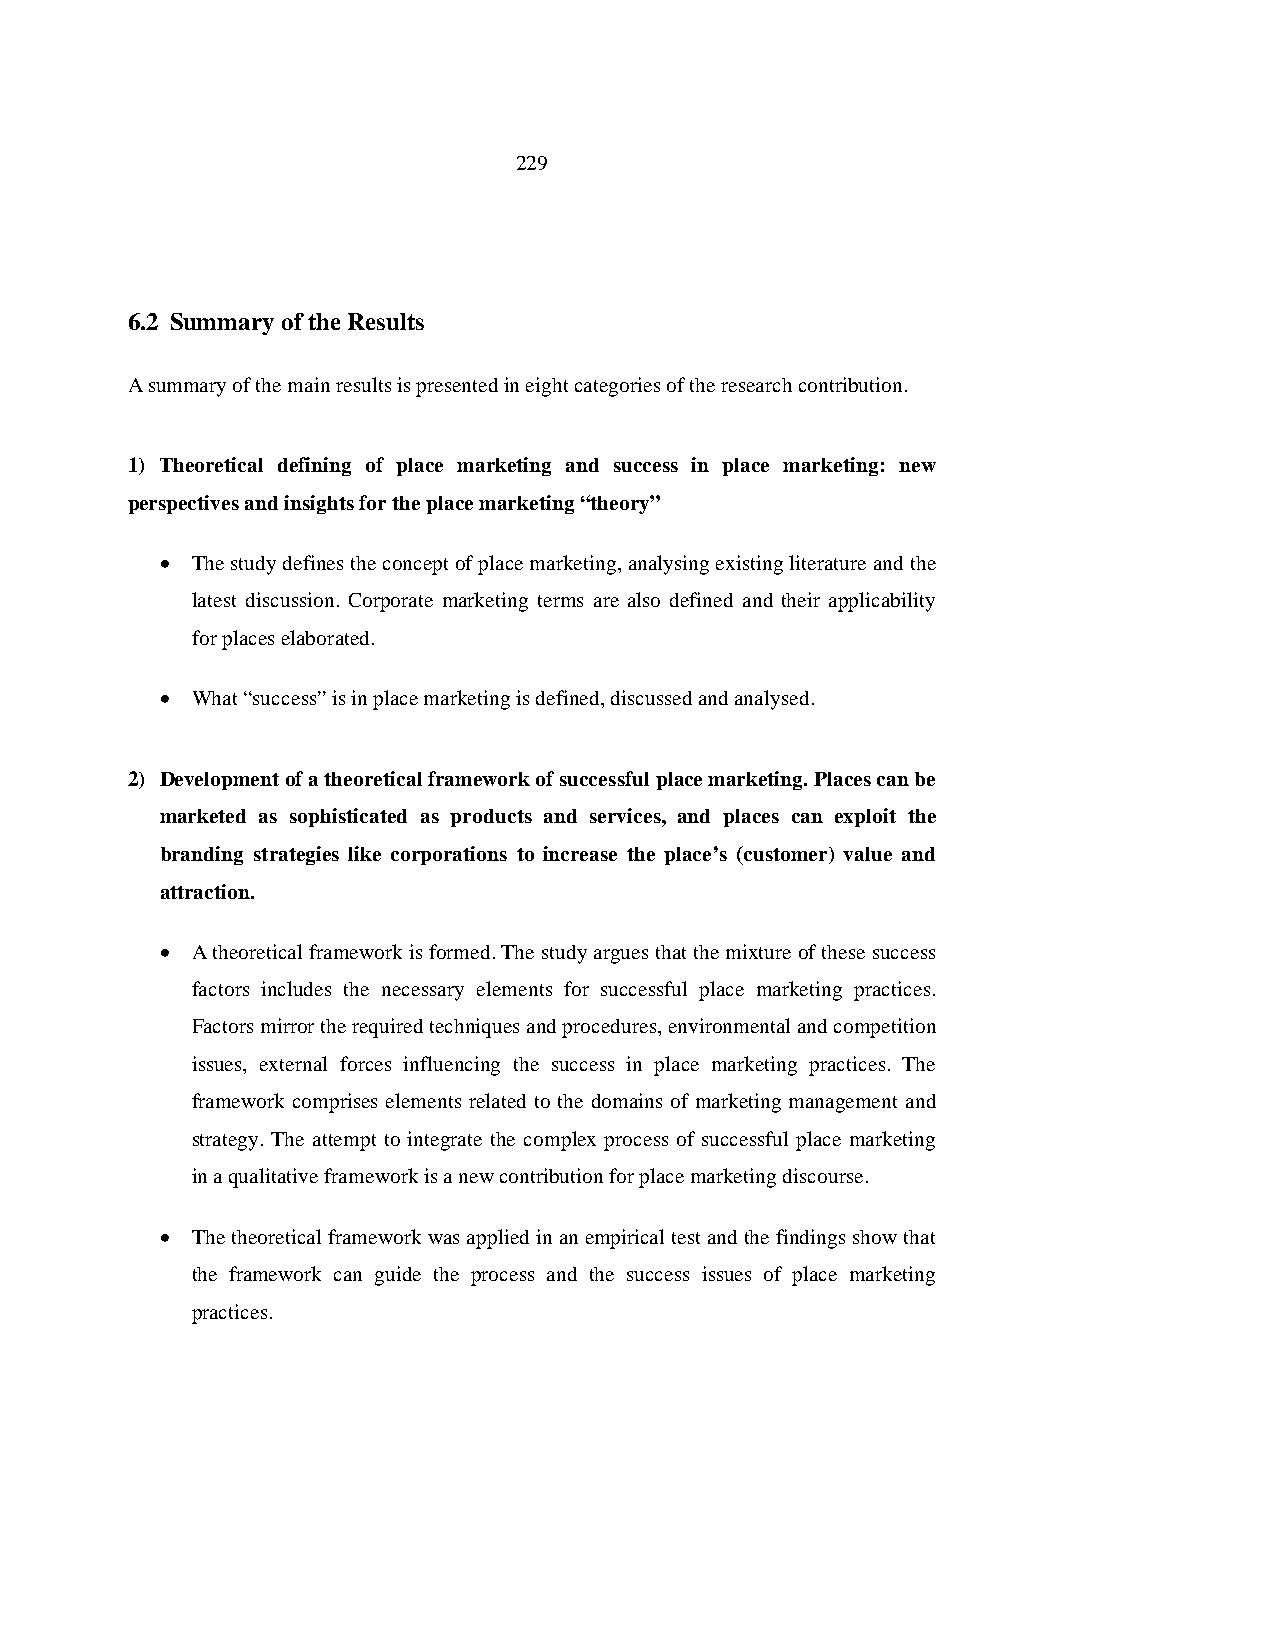
229
 6.2 Summary of the Results
 A summary of the main results is presented in eight categories of the research contribution.
 1) Theoretical defining of place marketing and success in place marketing: new
 perspectives and insights for the place marketing “theory”
 • The study defines the concept of place marketing, analysing existing literature and the
 latest discussion. Corporate marketing terms are also defined and their applicability
 for places elaborated.
 • What “success” is in place marketing is defined, discussed and analysed.
 2) Development of a theoretical framework of successful place marketing. Places can be
 marketed as sophisticated as products and services, and places can exploit the
 branding strategies like corporations to increase the place’s (customer) value and
 attraction.
 • A theoretical framework is formed. The study argues that the mixture of these success
 factors includes the necessary elements for successful place marketing practices.
 Factors mirror the required techniques and procedures, environmental and competition
 issues, external forces influencing the success in place marketing practices. The
 framework comprises elements related to the domains of marketing management and
 strategy. The attempt to integrate the complex process of successful place marketing
 in a qualitative framework is a new contribution for place marketing discourse.
 • The theoretical framework was applied in an empirical test and the findings show that
 the framework can guide the process and the success issues of place marketing
 practices.